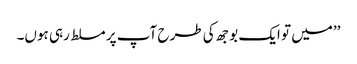
’’میں تو ایک بوجھ کی طرح آپ پر مسلط رہی ہوں۔